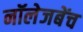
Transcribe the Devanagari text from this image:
नॉलेजबेंच